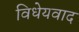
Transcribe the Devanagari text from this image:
विधेयवाद